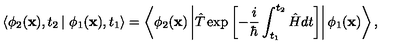
\left\langle \phi _ { 2 } ( { \bf x } ) , t _ { 2 } \left| \right. \phi _ { 1 } ( { \bf x } ) , t _ { 1 } \right\rangle = \left\langle \phi _ { 2 } ( { \bf x } ) \left| \hat { T } \exp \left[ - \frac { i } { \hbar } \int _ { t _ { 1 } } ^ { t _ { 2 } } \hat { H } d t \right] \right| \phi _ { 1 } ( { \bf x } ) \right\rangle ,